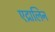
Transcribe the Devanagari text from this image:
एद्रालिन